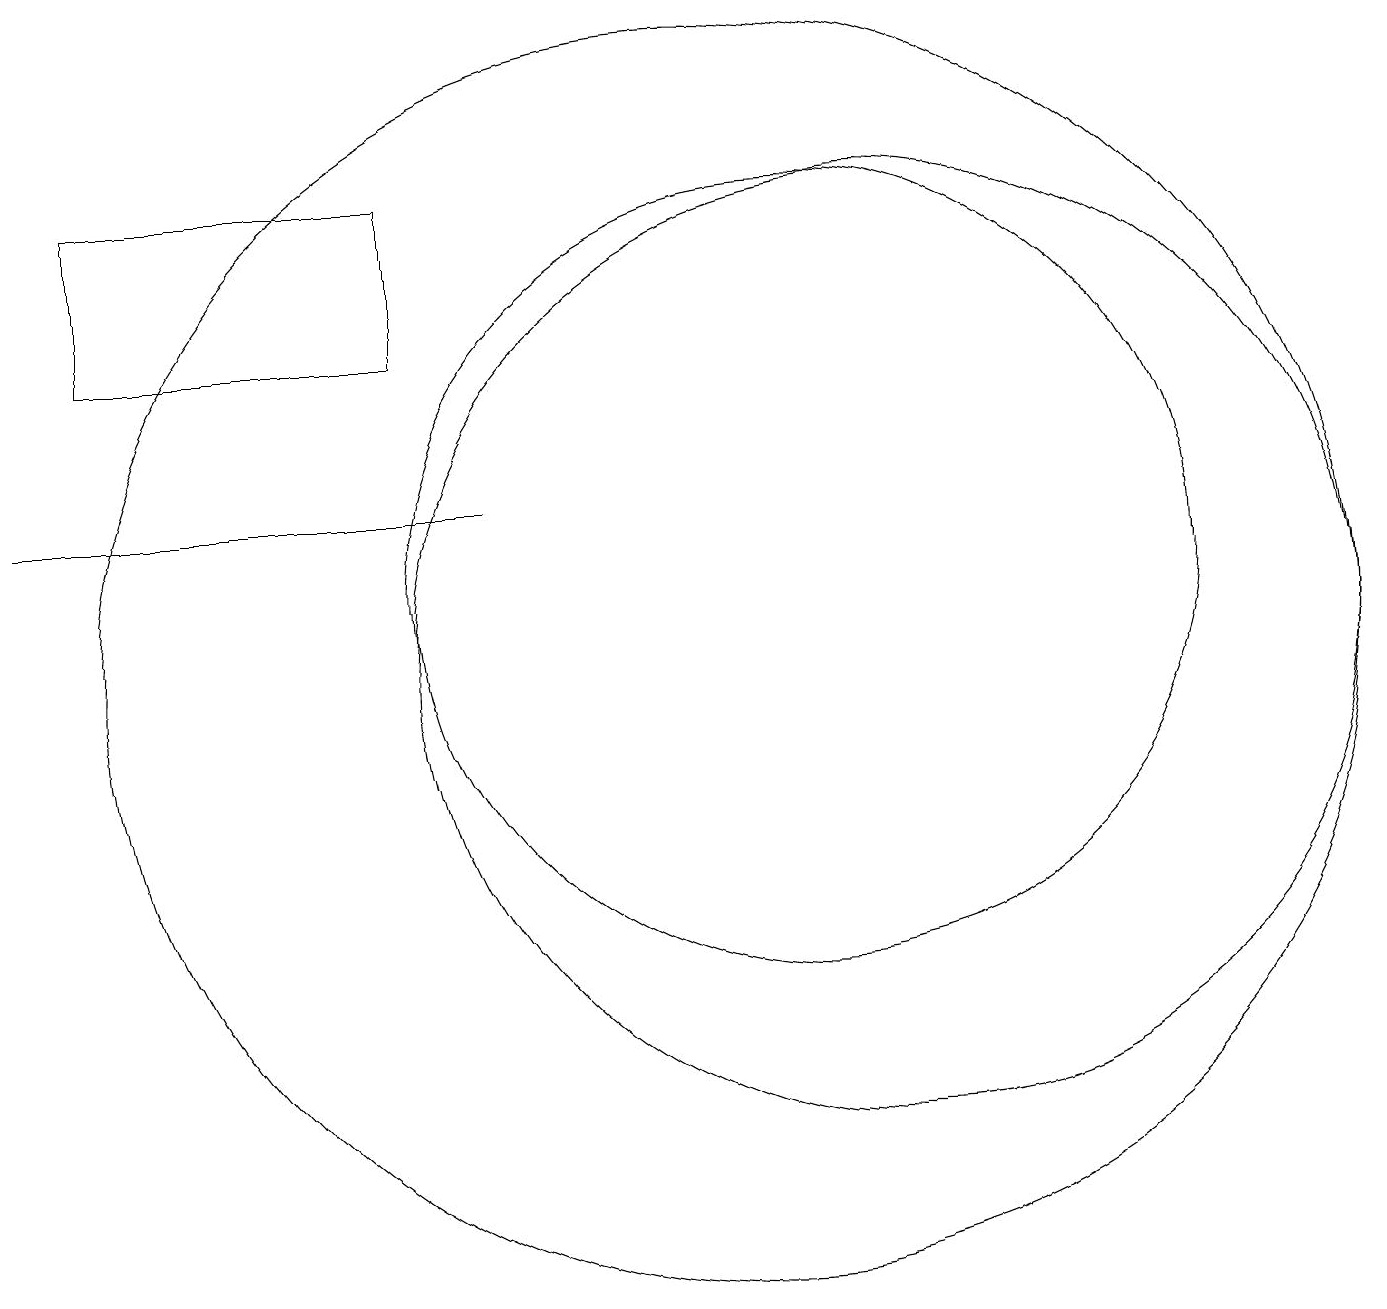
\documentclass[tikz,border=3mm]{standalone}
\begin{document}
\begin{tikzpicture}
\draw (6,14) rectangle (2,16);
\draw (10,10) circle (8);
\draw (12,10) circle (6);
\draw (7,12) rectangle (1,12);
\draw (11,11) circle (5);
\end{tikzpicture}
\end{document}